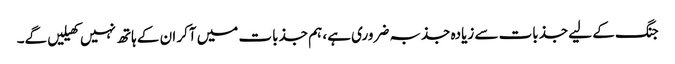
جنگ کے لیے جذبات سے زیادہ جذبہ ضروری ہے، ہم جذبات میں آکر ان کے ہاتھ نہیں کھیلیں گے۔